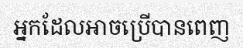
អ្នកដែលអាចប្រើបានពេញ